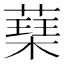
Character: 𮑃